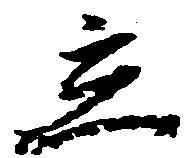
立